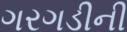
ગરગડીની